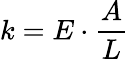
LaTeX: k=E\cdot{\frac{A}{L}}